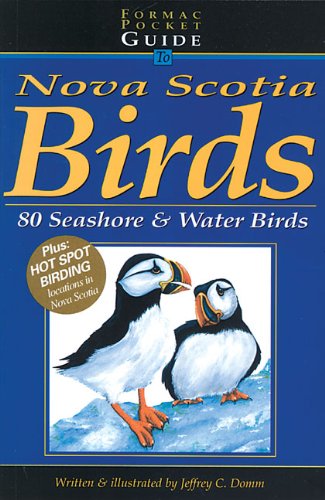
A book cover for Formac Pocketguide to Nova Scotia Birds: Volume 2: 80 Seashore & Water Birds; Jeffrey C. Domm; Travel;